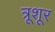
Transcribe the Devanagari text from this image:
त्रूशूर